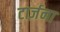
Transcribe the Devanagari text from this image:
टार्ज़ना